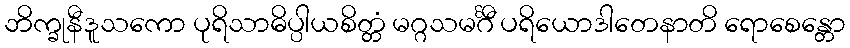
ဘိက္ခုနီဒူသကော ပုရိသာဓိပ္ပါယစိတ္တံ မဂ္ဂသမင်္ဂီ ပရိယောဒါတေနာတိ ရောစေန္တော